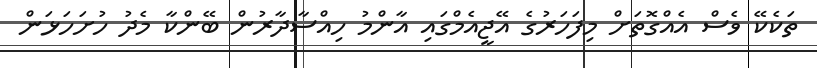
ތަކެކޭ ވެސް އެއްގޮތަށް މިފަހަރުގެ އޭޖީއެމްގައި އާންމު ހިއްސާދާރުން ބޭންކާ މެދު ހުށަހަޅަން